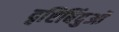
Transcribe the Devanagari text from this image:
दृष्टिबिंदुओं